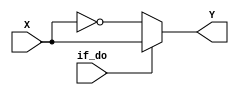
`timescale 1ns / 1ps
`default_nettype none //helps catch typo-related bugs
//////////////////////////////////////////////////////////////////////////////////
// 
// CS 141 - Fall 2015
// Module Name:    twos_complement 
// Author(s): Fanhao Yang, Thomas Esch
//
//////////////////////////////////////////////////////////////////////////////////
module twos_complement(X,if_do,Y);

	//parameter definitions
	parameter N = 32;
	

	//port definitions - customize for different bit widths
	input  wire [N-1:0] X;
	input wire if_do;
	output wire [N-1:0] Y;
	
	assign Y = if_do? X : ~X;


endmodule
`default_nettype wire //some Xilinx IP requires that the default_nettype be set to wire